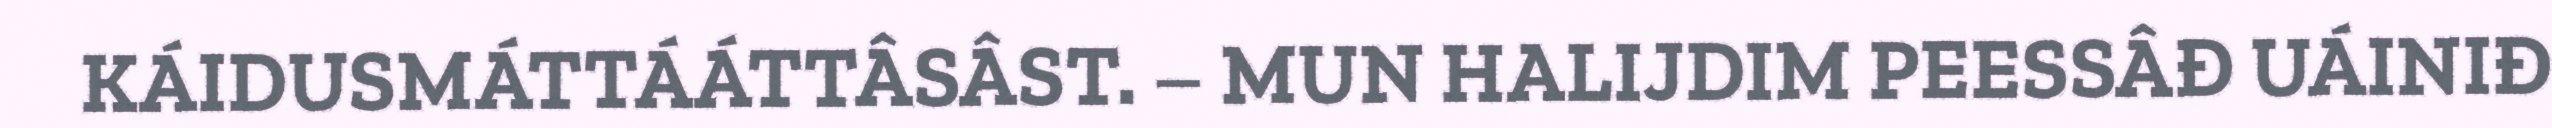
KÁIDUSMÁTTÁÁTTÂSÂST. – MUN HALIJDIM PEESSÂĐ UÁINIĐ